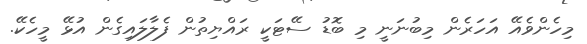
މިހެންވެއޭ އަހަރެން މިބުނަނީ މި ބޮޑު ސޭޓަކީ ރައްޔިތުން ފެލާލައިގެން އުޅޭ މީހެކޭ.